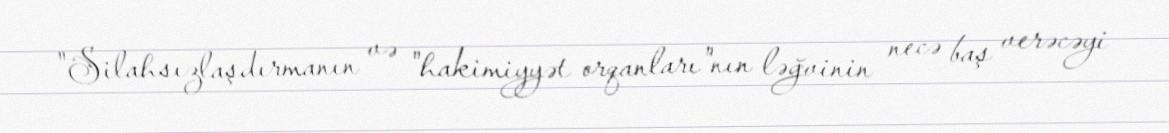
"Silahsızlaşdırmanın və "hakimiyyət orqanları"nın ləğvinin necə baş verəcəyi